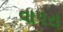
વાપરા